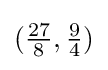
({\tfrac {27}{8}},{\tfrac {9}{4}})